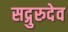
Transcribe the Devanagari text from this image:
सद्गुरुदेव